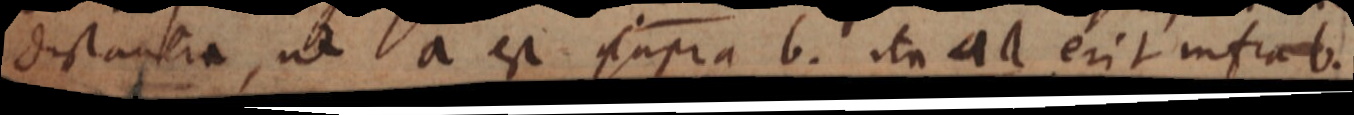
distantia, ut a est supra b. ita aa erit infra b.